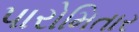
પારોમિતાર